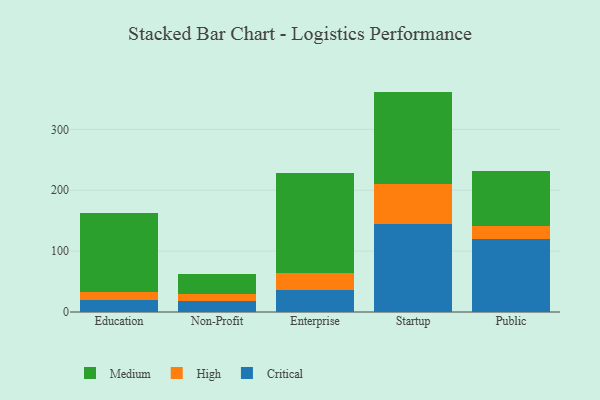
{"axis": {"x": "Segment", "y": "Waste Production (Tons)"}, "legend": ["Critical", "High", "Medium"], "data": [{"x": "Education", "y": 19.9, "type": "Critical"}, {"x": "Education", "y": 12.6, "type": "High"}, {"x": "Education", "y": 130.8, "type": "Medium"}, {"x": "Non-Profit", "y": 18.0, "type": "Critical"}, {"x": "Non-Profit", "y": 12.3, "type": "High"}, {"x": "Non-Profit", "y": 32.3, "type": "Medium"}, {"x": "Enterprise", "y": 35.7, "type": "Critical"}, {"x": "Enterprise", "y": 27.8, "type": "High"}, {"x": "Enterprise", "y": 165.6, "type": "Medium"}, {"x": "Startup", "y": 145.0, "type": "Critical"}, {"x": "Startup", "y": 65.6, "type": "High"}, {"x": "Startup", "y": 151.5, "type": "Medium"}, {"x": "Public", "y": 119.9, "type": "Critical"}, {"x": "Public", "y": 21.1, "type": "High"}, {"x": "Public", "y": 90.5, "type": "Medium"}]}